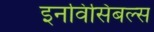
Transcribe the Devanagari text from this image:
इनविंसिबल्स